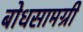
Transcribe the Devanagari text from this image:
बोधसामग्री